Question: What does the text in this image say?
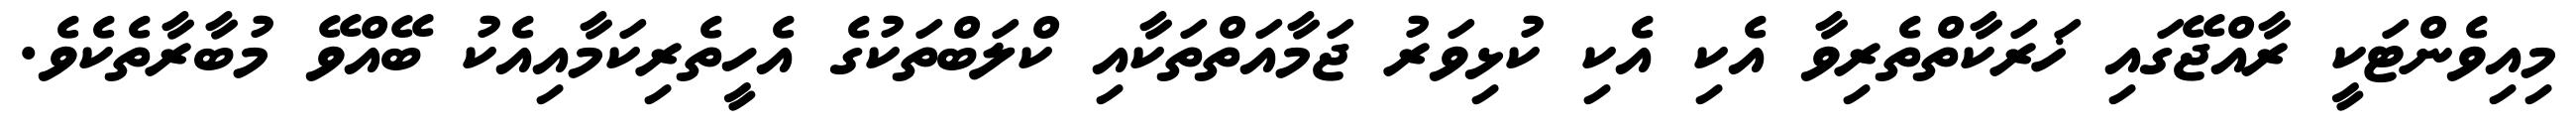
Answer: މިއިވެންޓަކީ ރާއްޖޭގައި ޚަރަކާތްތެރިވާ އެކި އެކި ކުޅިވަރު ޖަމާއަތްތަކާއި ކްލަބްތަކުގެ އެހީތެރިކަމާއިއެކު ބޭއްވޭ މުބާރާތެކެވެ.